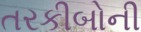
તરકીબોની